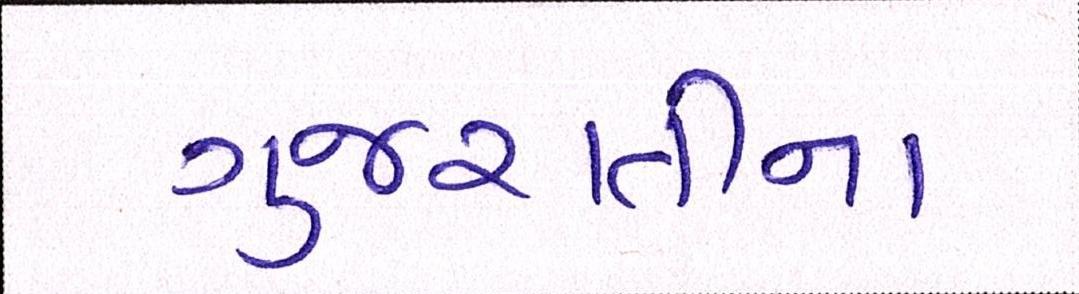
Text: ગુજરાતીના